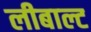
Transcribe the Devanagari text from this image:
लीबाल्ट